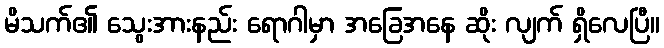
မိသက်၏ သွေးအားနည်း ရောဂါမှာ အခြေအနေ ဆိုး လျက် ရှိလေပြီ။